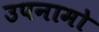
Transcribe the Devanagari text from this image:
उपनामो